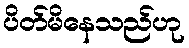
ပိတ်မိနေသည်ဟု